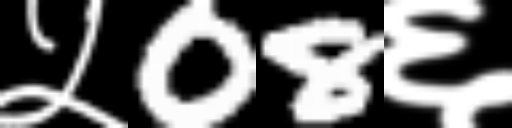
Text: ५08६